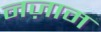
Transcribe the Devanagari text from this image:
नज़ाम